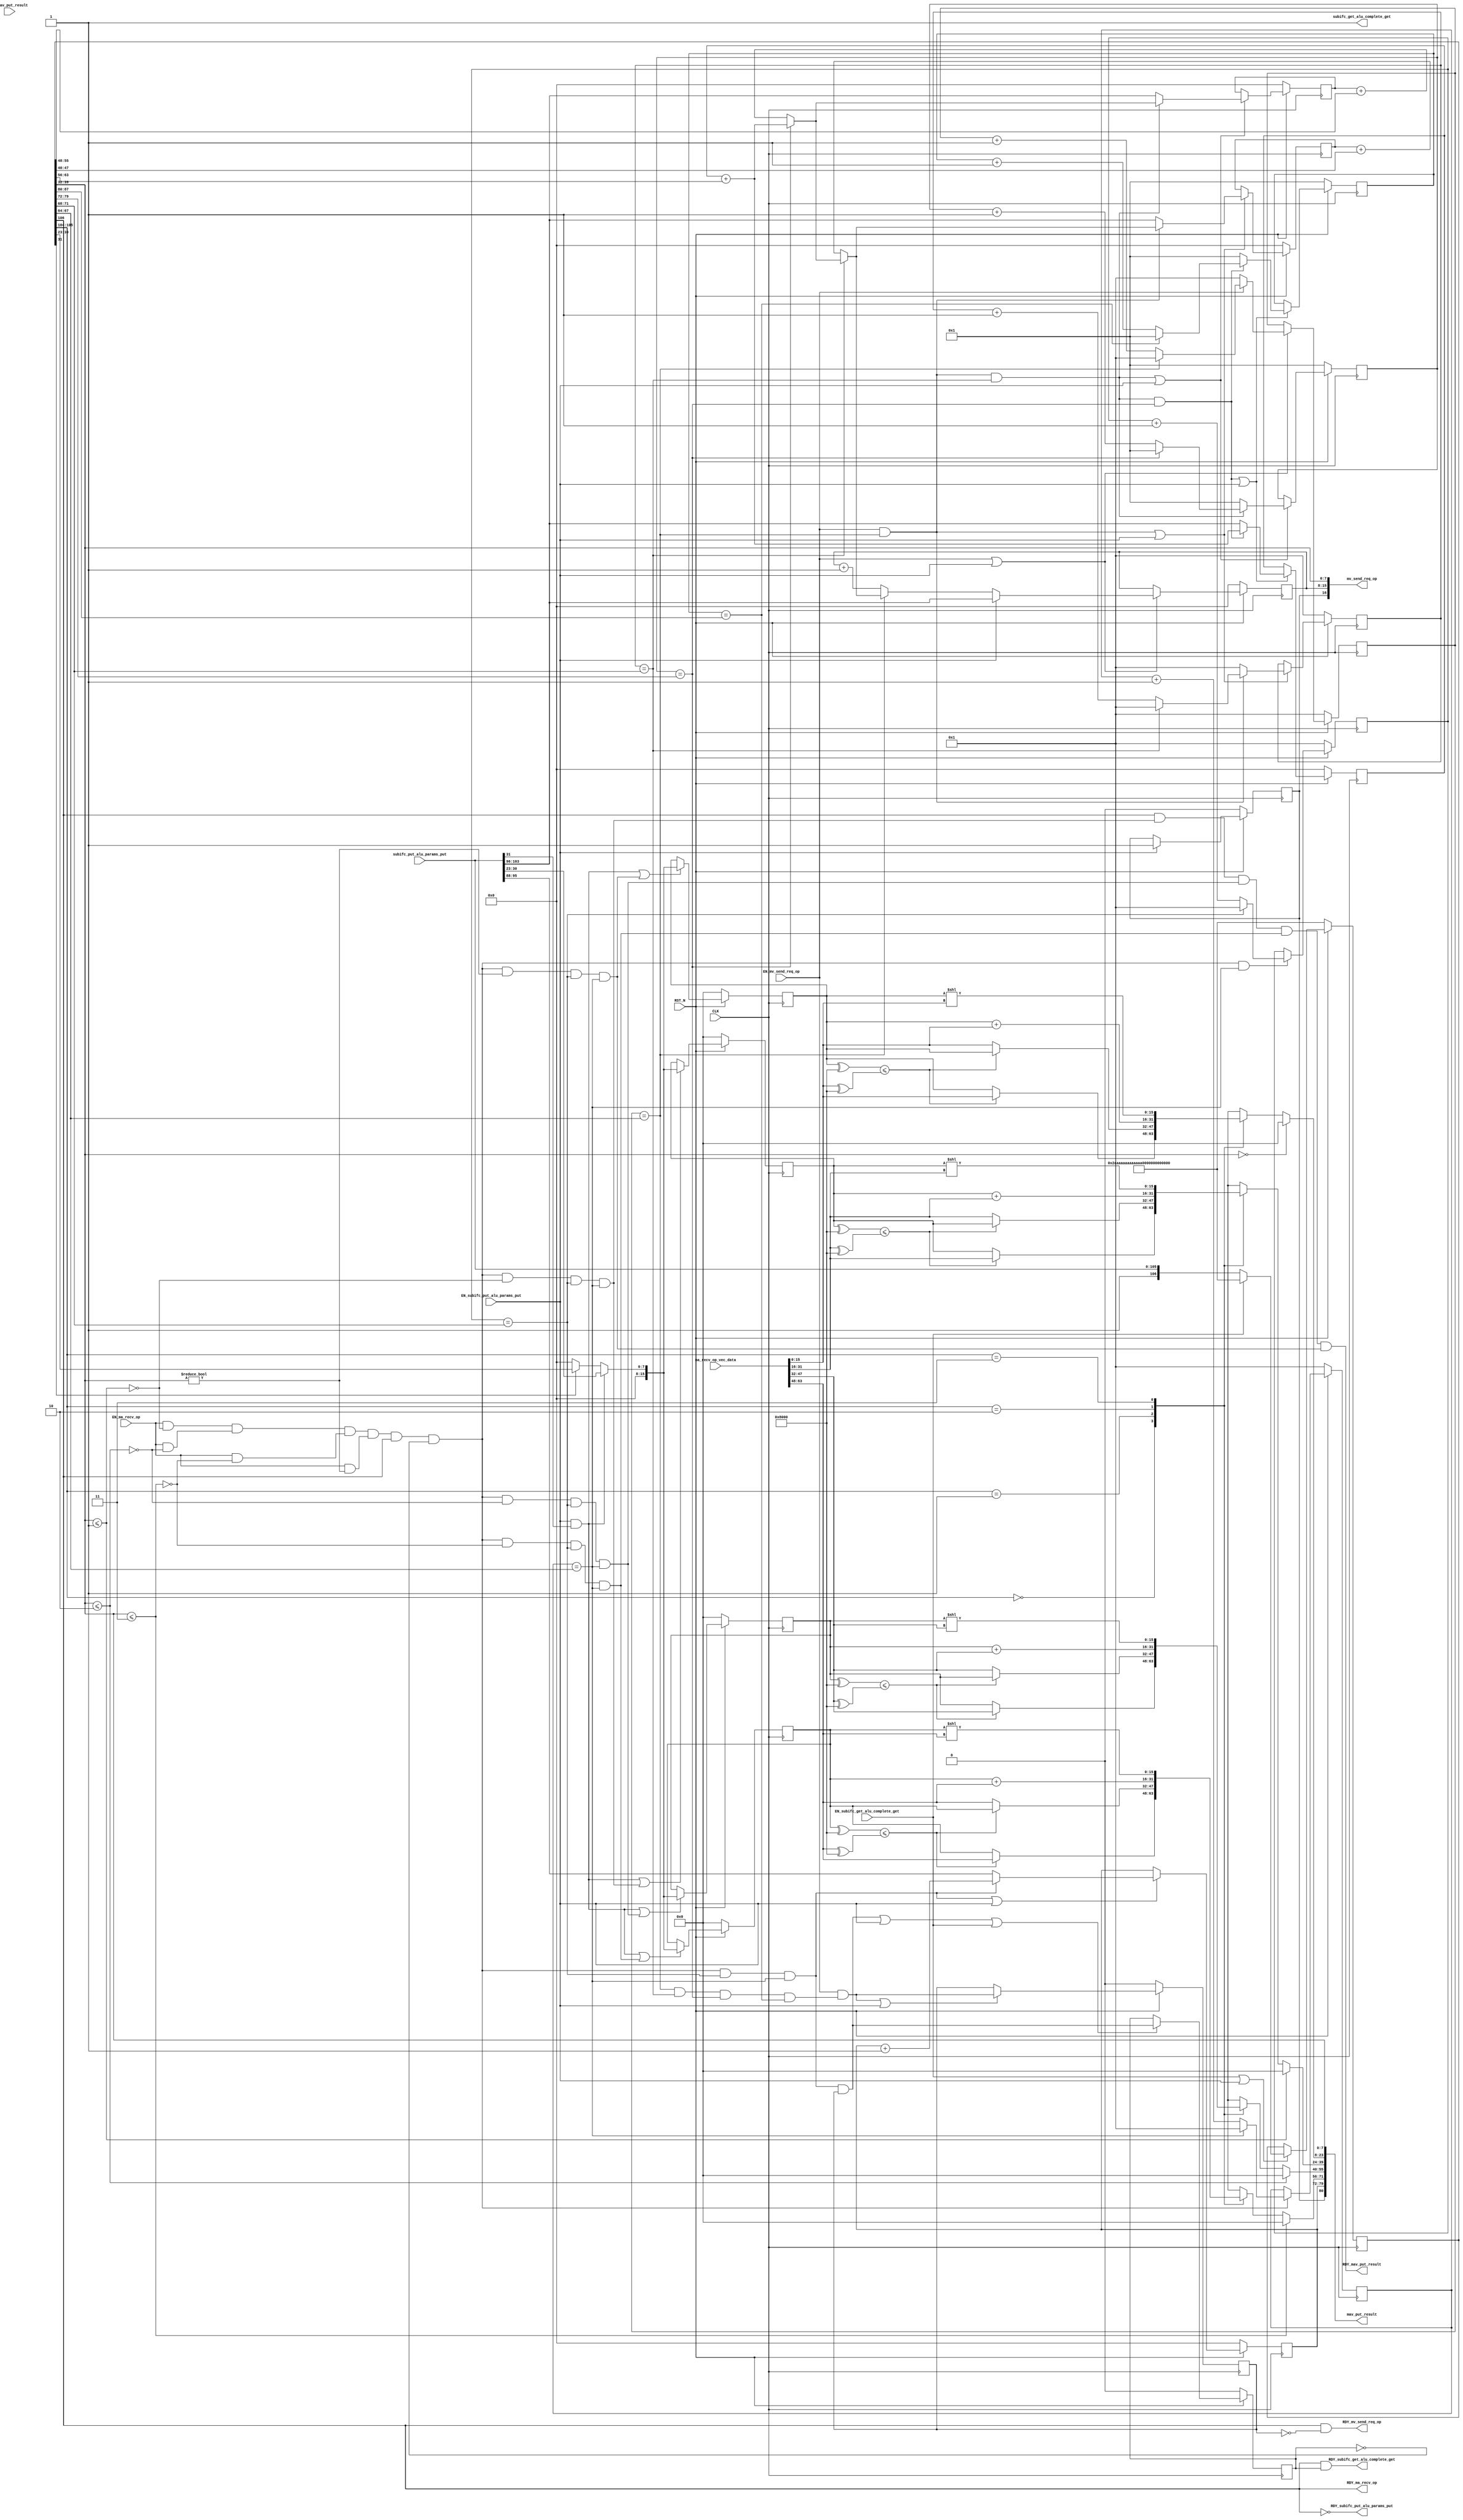
//
// Generated by Bluespec Compiler (build 8d454e4)
//
// On Thu Nov 12 19:19:43 IST 2020
//
//
// Ports:
// Name                         I/O  size props
// RDY_subifc_put_alu_params_put  O     1
// mv_send_req_op                 O    17 reg
// RDY_mv_send_req_op             O     1
// RDY_ma_recv_op                 O     1 reg
// mav_put_result                 O    81
// RDY_mav_put_result             O     1
// subifc_get_alu_complete_get    O     1 const
// RDY_subifc_get_alu_complete_get  O     1
// CLK                            I     1 clock
// RST_N                          I     1 reset
// subifc_put_alu_params_put      I   106
// ma_recv_op_vec_data            I    64
// EN_subifc_put_alu_params_put   I     1
// EN_ma_recv_op                  I     1
// EN_mv_send_req_op              I     1
// EN_mav_put_result              I     1 unused
// EN_subifc_get_alu_complete_get  I     1
//
// Combinational paths from inputs to outputs:
//   (ma_recv_op_vec_data, EN_ma_recv_op) -> mav_put_result
//   EN_ma_recv_op -> RDY_mav_put_result
//
//

`ifdef BSV_ASSIGNMENT_DELAY
`else
  `define BSV_ASSIGNMENT_DELAY
`endif

`ifdef BSV_POSITIVE_RESET
  `define BSV_RESET_VALUE 1'b1
  `define BSV_RESET_EDGE posedge
`else
  `define BSV_RESET_VALUE 1'b0
  `define BSV_RESET_EDGE negedge
`endif

module mktalu_Tb(CLK,
		 RST_N,

		 subifc_put_alu_params_put,
		 EN_subifc_put_alu_params_put,
		 RDY_subifc_put_alu_params_put,

		 EN_mv_send_req_op,
		 mv_send_req_op,
		 RDY_mv_send_req_op,

		 ma_recv_op_vec_data,
		 EN_ma_recv_op,
		 RDY_ma_recv_op,

		 EN_mav_put_result,
		 mav_put_result,
		 RDY_mav_put_result,

		 EN_subifc_get_alu_complete_get,
		 subifc_get_alu_complete_get,
		 RDY_subifc_get_alu_complete_get);
  input  CLK;
  input  RST_N;

  // action method subifc_put_alu_params_put
  input  [105 : 0] subifc_put_alu_params_put;
  input  EN_subifc_put_alu_params_put;
  output RDY_subifc_put_alu_params_put;

  // actionvalue method mv_send_req_op
  input  EN_mv_send_req_op;
  output [16 : 0] mv_send_req_op;
  output RDY_mv_send_req_op;

  // action method ma_recv_op
  input  [63 : 0] ma_recv_op_vec_data;
  input  EN_ma_recv_op;
  output RDY_ma_recv_op;

  // actionvalue method mav_put_result
  input  EN_mav_put_result;
  output [80 : 0] mav_put_result;
  output RDY_mav_put_result;

  // actionvalue method subifc_get_alu_complete_get
  input  EN_subifc_get_alu_complete_get;
  output subifc_get_alu_complete_get;
  output RDY_subifc_get_alu_complete_get;

  // signals for module outputs
  wire [80 : 0] mav_put_result;
  wire [16 : 0] mv_send_req_op;
  wire RDY_ma_recv_op,
       RDY_mav_put_result,
       RDY_mv_send_req_op,
       RDY_subifc_get_alu_complete_get,
       RDY_subifc_put_alu_params_put,
       subifc_get_alu_complete_get;

  // inlined wires
  reg [15 : 0] inst1_wr_operand_out_0$wget,
	       inst1_wr_operand_out_1$wget,
	       inst1_wr_operand_out_2$wget,
	       inst1_wr_operand_out_3$wget;
  wire inst1_wr_operand_0$whas,
       inst1_wr_operand_1$whas,
       inst1_wr_operand_2$whas,
       inst1_wr_operand_3$whas;

  // register inst1_rg_alu_complete
  reg inst1_rg_alu_complete;
  wire inst1_rg_alu_complete$D_IN, inst1_rg_alu_complete$EN;

  // register inst1_rg_alu_packet
  reg [106 : 0] inst1_rg_alu_packet;
  wire [106 : 0] inst1_rg_alu_packet$D_IN;
  wire inst1_rg_alu_packet$EN;

  // register inst1_rg_i_var
  reg [7 : 0] inst1_rg_i_var;
  wire [7 : 0] inst1_rg_i_var$D_IN;
  wire inst1_rg_i_var$EN;

  // register inst1_rg_icol_addr
  reg [7 : 0] inst1_rg_icol_addr;
  wire [7 : 0] inst1_rg_icol_addr$D_IN;
  wire inst1_rg_icol_addr$EN;

  // register inst1_rg_irow_addr
  reg [7 : 0] inst1_rg_irow_addr;
  wire [7 : 0] inst1_rg_irow_addr$D_IN;
  wire inst1_rg_irow_addr$EN;

  // register inst1_rg_j_var
  reg [7 : 0] inst1_rg_j_var;
  wire [7 : 0] inst1_rg_j_var$D_IN;
  wire inst1_rg_j_var$EN;

  // register inst1_rg_k_out
  reg [3 : 0] inst1_rg_k_out;
  wire [3 : 0] inst1_rg_k_out$D_IN;
  wire inst1_rg_k_out$EN;

  // register inst1_rg_k_var
  reg [3 : 0] inst1_rg_k_var;
  wire [3 : 0] inst1_rg_k_var$D_IN;
  wire inst1_rg_k_var$EN;

  // register inst1_rg_l_out
  reg [3 : 0] inst1_rg_l_out;
  wire [3 : 0] inst1_rg_l_out$D_IN;
  wire inst1_rg_l_out$EN;

  // register inst1_rg_l_var
  reg [3 : 0] inst1_rg_l_var;
  wire [3 : 0] inst1_rg_l_var$D_IN;
  wire inst1_rg_l_var$EN;

  // register inst1_rg_operand_out_0
  reg [15 : 0] inst1_rg_operand_out_0;
  wire [15 : 0] inst1_rg_operand_out_0$D_IN;
  wire inst1_rg_operand_out_0$EN;

  // register inst1_rg_operand_out_1
  reg [15 : 0] inst1_rg_operand_out_1;
  wire [15 : 0] inst1_rg_operand_out_1$D_IN;
  wire inst1_rg_operand_out_1$EN;

  // register inst1_rg_operand_out_2
  reg [15 : 0] inst1_rg_operand_out_2;
  wire [15 : 0] inst1_rg_operand_out_2$D_IN;
  wire inst1_rg_operand_out_2$EN;

  // register inst1_rg_operand_out_3
  reg [15 : 0] inst1_rg_operand_out_3;
  wire [15 : 0] inst1_rg_operand_out_3$D_IN;
  wire inst1_rg_operand_out_3$EN;

  // register inst1_rg_output_addr
  reg [7 : 0] inst1_rg_output_addr;
  wire [7 : 0] inst1_rg_output_addr$D_IN;
  wire inst1_rg_output_addr$EN;

  // register inst1_rg_req_complete
  reg inst1_rg_req_complete;
  wire inst1_rg_req_complete$D_IN, inst1_rg_req_complete$EN;

  // register inst1_rg_scol_addr
  reg [7 : 0] inst1_rg_scol_addr;
  wire [7 : 0] inst1_rg_scol_addr$D_IN;
  wire inst1_rg_scol_addr$EN;

  // register inst1_rg_srow_addr
  reg [7 : 0] inst1_rg_srow_addr;
  wire [7 : 0] inst1_rg_srow_addr$D_IN;
  wire inst1_rg_srow_addr$EN;

  // register inst1_rg_which_buffer
  reg inst1_rg_which_buffer;
  wire inst1_rg_which_buffer$D_IN, inst1_rg_which_buffer$EN;

  // rule scheduling signals
  wire CAN_FIRE_mav_put_result, WILL_FIRE_RL_inst1_rl_perform_computation;

  // inputs to muxes for submodule ports
  wire [106 : 0] MUX_inst1_rg_alu_packet$write_1__VAL_2;
  wire [15 : 0] MUX_inst1_rg_operand_out_0$write_1__VAL_1,
		MUX_inst1_rg_operand_out_0$write_1__VAL_2;
  wire [7 : 0] MUX_inst1_rg_i_var$write_1__VAL_1,
	       MUX_inst1_rg_j_var$write_1__VAL_1,
	       MUX_inst1_rg_output_addr$write_1__VAL_1,
	       MUX_inst1_rg_scol_addr$write_1__VAL_2;
  wire [3 : 0] MUX_inst1_rg_k_var$write_1__VAL_1,
	       MUX_inst1_rg_l_var$write_1__VAL_1;
  wire MUX_inst1_rg_alu_complete$write_1__SEL_1,
       MUX_inst1_rg_i_var$write_1__SEL_1,
       MUX_inst1_rg_icol_addr$write_1__SEL_1,
       MUX_inst1_rg_k_var$write_1__SEL_1,
       MUX_inst1_rg_operand_out_0$write_1__SEL_1,
       MUX_inst1_rg_operand_out_0$write_1__SEL_2,
       MUX_inst1_rg_operand_out_1$write_1__SEL_2,
       MUX_inst1_rg_operand_out_2$write_1__SEL_2,
       MUX_inst1_rg_operand_out_3$write_1__SEL_2,
       MUX_inst1_rg_output_addr$write_1__SEL_1,
       MUX_inst1_rg_req_complete$write_1__SEL_1;

  // remaining internal signals
  wire [47 : 0] IF_inst1_rg_alu_packet_BITS_39_TO_32_4_ULE_3_3_ETC___d151;
  wire [15 : 0] lv_outp___1__h2093,
		lv_outp___1__h2375,
		lv_outp___1__h2382,
		lv_outp___1__h2658,
		lv_outp___1__h2692,
		lv_outp___1__h2699,
		lv_outp___1__h2966,
		lv_outp___1__h3000,
		lv_outp___1__h3007,
		lv_outp___1__h3274,
		lv_outp___1__h3308,
		lv_outp___1__h3315,
		lv_shifted_output__h2083,
		lv_shifted_output__h2652,
		lv_shifted_output__h2960,
		lv_shifted_output__h3268;
  wire [7 : 0] addr___2__h4507,
	       addr__h4460,
	       v__h4432,
	       v__h4481,
	       v__h4530,
	       v__h4927,
	       x__h4654,
	       x__h4766;
  wire [3 : 0] x__h3509, x__h3618, x__h4845, x__h4939;
  wire inst1_rg_alu_packet_BITS_39_TO_32_4_ULE_1___d45,
       inst1_rg_alu_packet_BITS_39_TO_32_4_ULE_2___d59,
       inst1_rg_alu_packet_BITS_39_TO_32_4_ULE_3___d73,
       inst1_rg_i_var_17_EQ_inst1_rg_alu_packet_BITS__ETC___d119,
       inst1_rg_j_var_10_EQ_inst1_rg_alu_packet_BITS__ETC___d112,
       inst1_rg_k_out_7_EQ_inst1_rg_alu_packet_BITS_7_ETC___d19,
       inst1_rg_k_var_05_EQ_inst1_rg_alu_packet_BITS__ETC___d106,
       inst1_rg_l_out_0_EQ_inst1_rg_alu_packet_BITS_6_ETC___d22,
       inst1_rg_l_var_01_EQ_inst1_rg_alu_packet_BITS__ETC___d102,
       inst1_rg_l_var_01_EQ_inst1_rg_alu_packet_BITS__ETC___d124,
       inst1_rg_operand_out_0_7_SLE_inst1_wr_operand__ETC___d29,
       inst1_rg_operand_out_1_8_SLE_inst1_wr_operand__ETC___d50,
       inst1_rg_operand_out_2_2_SLE_inst1_wr_operand__ETC___d64,
       inst1_rg_operand_out_3_6_SLE_inst1_wr_operand__ETC___d78;

  // action method subifc_put_alu_params_put
  assign RDY_subifc_put_alu_params_put = !inst1_rg_alu_packet[106] ;

  // actionvalue method mv_send_req_op
  assign mv_send_req_op =
	     { inst1_rg_which_buffer,
	       inst1_rg_scol_addr,
	       inst1_rg_alu_packet[39:32] } ;
  assign RDY_mv_send_req_op =
	     inst1_rg_alu_packet[106] && !inst1_rg_req_complete ;

  // action method ma_recv_op
  assign RDY_ma_recv_op = inst1_rg_alu_packet[106] ;

  // actionvalue method mav_put_result
  assign mav_put_result =
	     { inst1_rg_which_buffer,
	       inst1_rg_output_addr,
	       IF_inst1_rg_alu_packet_BITS_39_TO_32_4_ULE_3_3_ETC___d151,
	       (inst1_rg_alu_packet[39:32] == 8'd0) ?
		 16'd0 :
		 inst1_wr_operand_out_0$wget,
	       inst1_rg_alu_packet[39:32] } ;
  assign RDY_mav_put_result =
	     CAN_FIRE_mav_put_result;
	 //    !WILL_FIRE_RL_inst1_rl_perform_computation ;
  assign CAN_FIRE_mav_put_result =
	     inst1_rg_alu_packet[106] &&
	     MUX_inst1_rg_operand_out_1$write_1__SEL_2 &&
	     MUX_inst1_rg_operand_out_2$write_1__SEL_2 &&
	     MUX_inst1_rg_operand_out_3$write_1__SEL_2 &&
	     MUX_inst1_rg_operand_out_0$write_1__SEL_2 ;

  // actionvalue method subifc_get_alu_complete_get
  assign subifc_get_alu_complete_get = 1'd1 ;
  assign RDY_subifc_get_alu_complete_get =
	     inst1_rg_alu_packet[106] && inst1_rg_alu_complete ;

  // rule RL_inst1_rl_perform_computation
  assign WILL_FIRE_RL_inst1_rl_perform_computation =
	     inst1_wr_operand_1$whas && inst1_wr_operand_2$whas &&
	     inst1_wr_operand_3$whas &&
	     inst1_wr_operand_0$whas &&
	     inst1_rg_alu_packet[106] &&
	     !inst1_rg_alu_complete ;

  // inputs to muxes for submodule ports
  assign MUX_inst1_rg_alu_complete$write_1__SEL_1 =
	     WILL_FIRE_RL_inst1_rl_perform_computation &&
	     inst1_rg_k_out_7_EQ_inst1_rg_alu_packet_BITS_7_ETC___d19 &&
	     inst1_rg_l_out_0_EQ_inst1_rg_alu_packet_BITS_6_ETC___d22 &&
	     inst1_rg_req_complete ;
  assign MUX_inst1_rg_i_var$write_1__SEL_1 =
	     EN_mv_send_req_op &&
	     inst1_rg_l_var_01_EQ_inst1_rg_alu_packet_BITS__ETC___d102 &&
	     inst1_rg_k_var_05_EQ_inst1_rg_alu_packet_BITS__ETC___d106 &&
	     inst1_rg_j_var_10_EQ_inst1_rg_alu_packet_BITS__ETC___d112 ;
  assign MUX_inst1_rg_icol_addr$write_1__SEL_1 =
	     EN_mv_send_req_op &&
	     inst1_rg_l_var_01_EQ_inst1_rg_alu_packet_BITS__ETC___d102 &&
	     inst1_rg_k_var_05_EQ_inst1_rg_alu_packet_BITS__ETC___d106 ;
  assign MUX_inst1_rg_k_var$write_1__SEL_1 =
	     EN_mv_send_req_op &&
	     inst1_rg_l_var_01_EQ_inst1_rg_alu_packet_BITS__ETC___d102 ;
  assign MUX_inst1_rg_operand_out_0$write_1__SEL_1 =
	     EN_subifc_put_alu_params_put && subifc_put_alu_params_put[31] ;
  assign MUX_inst1_rg_operand_out_0$write_1__SEL_2 =
	     WILL_FIRE_RL_inst1_rl_perform_computation &&
	     inst1_rg_alu_packet[39:32] != 8'd0 &&
	     inst1_rg_k_out_7_EQ_inst1_rg_alu_packet_BITS_7_ETC___d19 &&
	     inst1_rg_l_out_0_EQ_inst1_rg_alu_packet_BITS_6_ETC___d22 ;
  assign MUX_inst1_rg_operand_out_1$write_1__SEL_2 =
	     WILL_FIRE_RL_inst1_rl_perform_computation &&
	     !inst1_rg_alu_packet_BITS_39_TO_32_4_ULE_1___d45 &&
	     inst1_rg_k_out_7_EQ_inst1_rg_alu_packet_BITS_7_ETC___d19 &&
	     inst1_rg_l_out_0_EQ_inst1_rg_alu_packet_BITS_6_ETC___d22 ;
  assign MUX_inst1_rg_operand_out_2$write_1__SEL_2 =
	     WILL_FIRE_RL_inst1_rl_perform_computation &&
	     !inst1_rg_alu_packet_BITS_39_TO_32_4_ULE_2___d59 &&
	     inst1_rg_k_out_7_EQ_inst1_rg_alu_packet_BITS_7_ETC___d19 &&
	     inst1_rg_l_out_0_EQ_inst1_rg_alu_packet_BITS_6_ETC___d22 ;
  assign MUX_inst1_rg_operand_out_3$write_1__SEL_2 =
	     WILL_FIRE_RL_inst1_rl_perform_computation &&
	     !inst1_rg_alu_packet_BITS_39_TO_32_4_ULE_3___d73 &&
	     inst1_rg_k_out_7_EQ_inst1_rg_alu_packet_BITS_7_ETC___d19 &&
	     inst1_rg_l_out_0_EQ_inst1_rg_alu_packet_BITS_6_ETC___d22 ;
  assign MUX_inst1_rg_output_addr$write_1__SEL_1 =
	     WILL_FIRE_RL_inst1_rl_perform_computation &&
	     inst1_rg_k_out_7_EQ_inst1_rg_alu_packet_BITS_7_ETC___d19 &&
	     inst1_rg_l_out_0_EQ_inst1_rg_alu_packet_BITS_6_ETC___d22 ;
  assign MUX_inst1_rg_req_complete$write_1__SEL_1 =
	     EN_mv_send_req_op &&
	     inst1_rg_l_var_01_EQ_inst1_rg_alu_packet_BITS__ETC___d124 ;
  assign MUX_inst1_rg_alu_packet$write_1__VAL_2 =
	     { 1'd1, subifc_put_alu_params_put } ;
  assign MUX_inst1_rg_i_var$write_1__VAL_1 =
	     inst1_rg_i_var_17_EQ_inst1_rg_alu_packet_BITS__ETC___d119 ?
	       8'd1 :
	       x__h4654 ;
  assign MUX_inst1_rg_j_var$write_1__VAL_1 =
	     inst1_rg_j_var_10_EQ_inst1_rg_alu_packet_BITS__ETC___d112 ?
	       8'd1 :
	       x__h4766 ;
  assign MUX_inst1_rg_k_var$write_1__VAL_1 =
	     inst1_rg_k_var_05_EQ_inst1_rg_alu_packet_BITS__ETC___d106 ?
	       4'd1 :
	       x__h4845 ;
  assign MUX_inst1_rg_l_var$write_1__VAL_1 =
	     inst1_rg_l_var_01_EQ_inst1_rg_alu_packet_BITS__ETC___d102 ?
	       4'd1 :
	       x__h4939 ;
  assign MUX_inst1_rg_operand_out_0$write_1__VAL_1 =
	     { 8'd0, subifc_put_alu_params_put[30:23] } ;
  assign MUX_inst1_rg_operand_out_0$write_1__VAL_2 =
	     inst1_rg_alu_packet[31] ?
	       { 8'd0, inst1_rg_alu_packet[30:23] } :
	       16'd0 ;
  assign MUX_inst1_rg_output_addr$write_1__VAL_1 =
	     inst1_rg_output_addr + 8'd1 ;
  assign MUX_inst1_rg_scol_addr$write_1__VAL_2 =
	     inst1_rg_l_var_01_EQ_inst1_rg_alu_packet_BITS__ETC___d102 ?
	       v__h4432 :
	       v__h4927 ;

  // inlined wires
  assign inst1_wr_operand_0$whas =
	     EN_ma_recv_op && inst1_rg_alu_packet[39:32] != 8'd0 ;
  assign inst1_wr_operand_1$whas =
	     EN_ma_recv_op &&
	     !inst1_rg_alu_packet_BITS_39_TO_32_4_ULE_1___d45 ;
  assign inst1_wr_operand_2$whas =
	     EN_ma_recv_op &&
	     !inst1_rg_alu_packet_BITS_39_TO_32_4_ULE_2___d59 ;
  assign inst1_wr_operand_3$whas =
	     EN_ma_recv_op &&
	     !inst1_rg_alu_packet_BITS_39_TO_32_4_ULE_3___d73 ;
  always@(inst1_rg_alu_packet or
	  lv_outp___1__h2093 or
	  lv_outp___1__h2375 or
	  lv_outp___1__h2382 or lv_shifted_output__h2083)
  begin
    case (inst1_rg_alu_packet[105:104])
      2'd0: inst1_wr_operand_out_0$wget = lv_outp___1__h2093;
      2'd1: inst1_wr_operand_out_0$wget = lv_outp___1__h2375;
      2'd2: inst1_wr_operand_out_0$wget = lv_outp___1__h2382;
      2'd3: inst1_wr_operand_out_0$wget = lv_shifted_output__h2083;
    endcase
  end
  always@(inst1_rg_alu_packet or
	  lv_outp___1__h2658 or
	  lv_outp___1__h2692 or
	  lv_outp___1__h2699 or lv_shifted_output__h2652)
  begin
    case (inst1_rg_alu_packet[105:104])
      2'd0: inst1_wr_operand_out_1$wget = lv_outp___1__h2658;
      2'd1: inst1_wr_operand_out_1$wget = lv_outp___1__h2692;
      2'd2: inst1_wr_operand_out_1$wget = lv_outp___1__h2699;
      2'd3: inst1_wr_operand_out_1$wget = lv_shifted_output__h2652;
    endcase
  end
  always@(inst1_rg_alu_packet or
	  lv_outp___1__h2966 or
	  lv_outp___1__h3000 or
	  lv_outp___1__h3007 or lv_shifted_output__h2960)
  begin
    case (inst1_rg_alu_packet[105:104])
      2'd0: inst1_wr_operand_out_2$wget = lv_outp___1__h2966;
      2'd1: inst1_wr_operand_out_2$wget = lv_outp___1__h3000;
      2'd2: inst1_wr_operand_out_2$wget = lv_outp___1__h3007;
      2'd3: inst1_wr_operand_out_2$wget = lv_shifted_output__h2960;
    endcase
  end
  always@(inst1_rg_alu_packet or
	  lv_outp___1__h3274 or
	  lv_outp___1__h3308 or
	  lv_outp___1__h3315 or lv_shifted_output__h3268)
  begin
    case (inst1_rg_alu_packet[105:104])
      2'd0: inst1_wr_operand_out_3$wget = lv_outp___1__h3274;
      2'd1: inst1_wr_operand_out_3$wget = lv_outp___1__h3308;
      2'd2: inst1_wr_operand_out_3$wget = lv_outp___1__h3315;
      2'd3: inst1_wr_operand_out_3$wget = lv_shifted_output__h3268;
    endcase
  end

  // register inst1_rg_alu_complete
  assign inst1_rg_alu_complete$D_IN =
	     MUX_inst1_rg_alu_complete$write_1__SEL_1 ;
  assign inst1_rg_alu_complete$EN =
	     WILL_FIRE_RL_inst1_rl_perform_computation &&
	     inst1_rg_k_out_7_EQ_inst1_rg_alu_packet_BITS_7_ETC___d19 &&
	     inst1_rg_l_out_0_EQ_inst1_rg_alu_packet_BITS_6_ETC___d22 &&
	     inst1_rg_req_complete ||
	     EN_subifc_put_alu_params_put ||
	     EN_subifc_get_alu_complete_get ;

  // register inst1_rg_alu_packet
  assign inst1_rg_alu_packet$D_IN =
	     EN_subifc_get_alu_complete_get ?
	       107'h2AAAAAAAAAAAAAAAAAAAAAAAAAA :
	       MUX_inst1_rg_alu_packet$write_1__VAL_2 ;
  assign inst1_rg_alu_packet$EN =
	     EN_subifc_get_alu_complete_get || EN_subifc_put_alu_params_put ;

  // register inst1_rg_i_var
  assign inst1_rg_i_var$D_IN =
	     MUX_inst1_rg_i_var$write_1__SEL_1 ?
	       MUX_inst1_rg_i_var$write_1__VAL_1 :
	       8'd1 ;
  assign inst1_rg_i_var$EN =
	     EN_mv_send_req_op &&
	     inst1_rg_l_var_01_EQ_inst1_rg_alu_packet_BITS__ETC___d102 &&
	     inst1_rg_k_var_05_EQ_inst1_rg_alu_packet_BITS__ETC___d106 &&
	     inst1_rg_j_var_10_EQ_inst1_rg_alu_packet_BITS__ETC___d112 ||
	     EN_subifc_put_alu_params_put ;

  // register inst1_rg_icol_addr
  assign inst1_rg_icol_addr$D_IN =
	     MUX_inst1_rg_icol_addr$write_1__SEL_1 ?
	       v__h4481 :
	       subifc_put_alu_params_put[103:96] ;
  assign inst1_rg_icol_addr$EN =
	     EN_mv_send_req_op &&
	     inst1_rg_l_var_01_EQ_inst1_rg_alu_packet_BITS__ETC___d102 &&
	     inst1_rg_k_var_05_EQ_inst1_rg_alu_packet_BITS__ETC___d106 ||
	     EN_subifc_put_alu_params_put ;

  // register inst1_rg_irow_addr
  assign inst1_rg_irow_addr$D_IN =
	     MUX_inst1_rg_i_var$write_1__SEL_1 ?
	       v__h4530 :
	       subifc_put_alu_params_put[103:96] ;
  assign inst1_rg_irow_addr$EN =
	     EN_mv_send_req_op &&
	     inst1_rg_l_var_01_EQ_inst1_rg_alu_packet_BITS__ETC___d102 &&
	     inst1_rg_k_var_05_EQ_inst1_rg_alu_packet_BITS__ETC___d106 &&
	     inst1_rg_j_var_10_EQ_inst1_rg_alu_packet_BITS__ETC___d112 ||
	     EN_subifc_put_alu_params_put ;

  // register inst1_rg_j_var
  assign inst1_rg_j_var$D_IN =
	     MUX_inst1_rg_icol_addr$write_1__SEL_1 ?
	       MUX_inst1_rg_j_var$write_1__VAL_1 :
	       8'd1 ;
  assign inst1_rg_j_var$EN =
	     EN_mv_send_req_op &&
	     inst1_rg_l_var_01_EQ_inst1_rg_alu_packet_BITS__ETC___d102 &&
	     inst1_rg_k_var_05_EQ_inst1_rg_alu_packet_BITS__ETC___d106 ||
	     EN_subifc_put_alu_params_put ;

  // register inst1_rg_k_out
  assign inst1_rg_k_out$D_IN =
	     inst1_rg_k_out_7_EQ_inst1_rg_alu_packet_BITS_7_ETC___d19 ?
	       4'd1 :
	       x__h3618 ;
  assign inst1_rg_k_out$EN =
	     WILL_FIRE_RL_inst1_rl_perform_computation &&
	     inst1_rg_l_out_0_EQ_inst1_rg_alu_packet_BITS_6_ETC___d22 ;

  // register inst1_rg_k_var
  assign inst1_rg_k_var$D_IN =
	     MUX_inst1_rg_k_var$write_1__SEL_1 ?
	       MUX_inst1_rg_k_var$write_1__VAL_1 :
	       4'd1 ;
  assign inst1_rg_k_var$EN =
	     EN_mv_send_req_op &&
	     inst1_rg_l_var_01_EQ_inst1_rg_alu_packet_BITS__ETC___d102 ||
	     EN_subifc_put_alu_params_put ;

  // register inst1_rg_l_out
  assign inst1_rg_l_out$D_IN =
	     inst1_rg_l_out_0_EQ_inst1_rg_alu_packet_BITS_6_ETC___d22 ?
	       4'd1 :
	       x__h3509 ;
  assign inst1_rg_l_out$EN = WILL_FIRE_RL_inst1_rl_perform_computation ;

  // register inst1_rg_l_var
  assign inst1_rg_l_var$D_IN =
	     EN_mv_send_req_op ? MUX_inst1_rg_l_var$write_1__VAL_1 : 4'd1 ;
  assign inst1_rg_l_var$EN =
	     EN_mv_send_req_op || EN_subifc_put_alu_params_put ;

  // register inst1_rg_operand_out_0
  assign inst1_rg_operand_out_0$D_IN =
	     MUX_inst1_rg_operand_out_0$write_1__SEL_1 ?
	       MUX_inst1_rg_operand_out_0$write_1__VAL_1 :
	       MUX_inst1_rg_operand_out_0$write_1__VAL_2 ;
  assign inst1_rg_operand_out_0$EN =
	     EN_subifc_put_alu_params_put && subifc_put_alu_params_put[31] ||
	     WILL_FIRE_RL_inst1_rl_perform_computation &&
	     inst1_rg_alu_packet[39:32] != 8'd0 &&
	     inst1_rg_k_out_7_EQ_inst1_rg_alu_packet_BITS_7_ETC___d19 &&
	     inst1_rg_l_out_0_EQ_inst1_rg_alu_packet_BITS_6_ETC___d22 ;

  // register inst1_rg_operand_out_1
  assign inst1_rg_operand_out_1$D_IN =
	     MUX_inst1_rg_operand_out_0$write_1__SEL_1 ?
	       MUX_inst1_rg_operand_out_0$write_1__VAL_1 :
	       MUX_inst1_rg_operand_out_0$write_1__VAL_2 ;
  assign inst1_rg_operand_out_1$EN =
	     EN_subifc_put_alu_params_put && subifc_put_alu_params_put[31] ||
	     WILL_FIRE_RL_inst1_rl_perform_computation &&
	     !inst1_rg_alu_packet_BITS_39_TO_32_4_ULE_1___d45 &&
	     inst1_rg_k_out_7_EQ_inst1_rg_alu_packet_BITS_7_ETC___d19 &&
	     inst1_rg_l_out_0_EQ_inst1_rg_alu_packet_BITS_6_ETC___d22 ;

  // register inst1_rg_operand_out_2
  assign inst1_rg_operand_out_2$D_IN =
	     MUX_inst1_rg_operand_out_0$write_1__SEL_1 ?
	       MUX_inst1_rg_operand_out_0$write_1__VAL_1 :
	       MUX_inst1_rg_operand_out_0$write_1__VAL_2 ;
  assign inst1_rg_operand_out_2$EN =
	     EN_subifc_put_alu_params_put && subifc_put_alu_params_put[31] ||
	     WILL_FIRE_RL_inst1_rl_perform_computation &&
	     !inst1_rg_alu_packet_BITS_39_TO_32_4_ULE_2___d59 &&
	     inst1_rg_k_out_7_EQ_inst1_rg_alu_packet_BITS_7_ETC___d19 &&
	     inst1_rg_l_out_0_EQ_inst1_rg_alu_packet_BITS_6_ETC___d22 ;

  // register inst1_rg_operand_out_3
  assign inst1_rg_operand_out_3$D_IN =
	     MUX_inst1_rg_operand_out_0$write_1__SEL_1 ?
	       MUX_inst1_rg_operand_out_0$write_1__VAL_1 :
	       MUX_inst1_rg_operand_out_0$write_1__VAL_2 ;
  assign inst1_rg_operand_out_3$EN =
	     EN_subifc_put_alu_params_put && subifc_put_alu_params_put[31] ||
	     WILL_FIRE_RL_inst1_rl_perform_computation &&
	     !inst1_rg_alu_packet_BITS_39_TO_32_4_ULE_3___d73 &&
	     inst1_rg_k_out_7_EQ_inst1_rg_alu_packet_BITS_7_ETC___d19 &&
	     inst1_rg_l_out_0_EQ_inst1_rg_alu_packet_BITS_6_ETC___d22 ;

  // register inst1_rg_output_addr
  assign inst1_rg_output_addr$D_IN =
	     MUX_inst1_rg_output_addr$write_1__SEL_1 ?
	       MUX_inst1_rg_output_addr$write_1__VAL_1 :
	       subifc_put_alu_params_put[95:88] ;
  assign inst1_rg_output_addr$EN =
	     WILL_FIRE_RL_inst1_rl_perform_computation &&
	     inst1_rg_k_out_7_EQ_inst1_rg_alu_packet_BITS_7_ETC___d19 &&
	     inst1_rg_l_out_0_EQ_inst1_rg_alu_packet_BITS_6_ETC___d22 ||
	     EN_subifc_put_alu_params_put ;

  // register inst1_rg_req_complete
  assign inst1_rg_req_complete$D_IN =
	     MUX_inst1_rg_req_complete$write_1__SEL_1 ;
  assign inst1_rg_req_complete$EN =
	     EN_mv_send_req_op &&
	     inst1_rg_l_var_01_EQ_inst1_rg_alu_packet_BITS__ETC___d124 ||
	     EN_subifc_put_alu_params_put ;

  // register inst1_rg_scol_addr
  assign inst1_rg_scol_addr$D_IN =
	     EN_subifc_put_alu_params_put ?
	       subifc_put_alu_params_put[103:96] :
	       MUX_inst1_rg_scol_addr$write_1__VAL_2 ;
  assign inst1_rg_scol_addr$EN =
	     EN_subifc_put_alu_params_put || EN_mv_send_req_op ;

  // register inst1_rg_srow_addr
  assign inst1_rg_srow_addr$D_IN =
	     MUX_inst1_rg_k_var$write_1__SEL_1 ?
	       v__h4432 :
	       subifc_put_alu_params_put[103:96] ;
  assign inst1_rg_srow_addr$EN =
	     EN_mv_send_req_op &&
	     inst1_rg_l_var_01_EQ_inst1_rg_alu_packet_BITS__ETC___d102 ||
	     EN_subifc_put_alu_params_put ;

  // register inst1_rg_which_buffer
  assign inst1_rg_which_buffer$D_IN = 1'd1 ;
  assign inst1_rg_which_buffer$EN = EN_subifc_put_alu_params_put ;

  // remaining internal signals
  assign IF_inst1_rg_alu_packet_BITS_39_TO_32_4_ULE_3_3_ETC___d151 =
	     { inst1_rg_alu_packet_BITS_39_TO_32_4_ULE_3___d73 ?
		 16'd0 :
		 inst1_wr_operand_out_3$wget,
	       inst1_rg_alu_packet_BITS_39_TO_32_4_ULE_2___d59 ?
		 16'd0 :
		 inst1_wr_operand_out_2$wget,
	       inst1_rg_alu_packet_BITS_39_TO_32_4_ULE_1___d45 ?
		 16'd0 :
		 inst1_wr_operand_out_1$wget } ;
  assign addr___2__h4507 = inst1_rg_icol_addr + inst1_rg_alu_packet[55:48] ;
  assign addr__h4460 = inst1_rg_srow_addr + inst1_rg_alu_packet[47:40] ;
  assign inst1_rg_alu_packet_BITS_39_TO_32_4_ULE_1___d45 =
	     inst1_rg_alu_packet[39:32] <= 8'd1 ;
  assign inst1_rg_alu_packet_BITS_39_TO_32_4_ULE_2___d59 =
	     inst1_rg_alu_packet[39:32] <= 8'd2 ;
  assign inst1_rg_alu_packet_BITS_39_TO_32_4_ULE_3___d73 =
	     inst1_rg_alu_packet[39:32] <= 8'd3 ;
  assign inst1_rg_i_var_17_EQ_inst1_rg_alu_packet_BITS__ETC___d119 =
	     inst1_rg_i_var == inst1_rg_alu_packet[87:80] ;
  assign inst1_rg_j_var_10_EQ_inst1_rg_alu_packet_BITS__ETC___d112 =
	     inst1_rg_j_var == inst1_rg_alu_packet[79:72] ;
  assign inst1_rg_k_out_7_EQ_inst1_rg_alu_packet_BITS_7_ETC___d19 =
	     inst1_rg_k_out == inst1_rg_alu_packet[71:68] ;
  assign inst1_rg_k_var_05_EQ_inst1_rg_alu_packet_BITS__ETC___d106 =
	     inst1_rg_k_var == inst1_rg_alu_packet[71:68] ;
  assign inst1_rg_l_out_0_EQ_inst1_rg_alu_packet_BITS_6_ETC___d22 =
	     inst1_rg_l_out == inst1_rg_alu_packet[67:64] ;
  assign inst1_rg_l_var_01_EQ_inst1_rg_alu_packet_BITS__ETC___d102 =
	     inst1_rg_l_var == inst1_rg_alu_packet[67:64] ;
  assign inst1_rg_l_var_01_EQ_inst1_rg_alu_packet_BITS__ETC___d124 =
	     inst1_rg_l_var_01_EQ_inst1_rg_alu_packet_BITS__ETC___d102 &&
	     inst1_rg_k_var_05_EQ_inst1_rg_alu_packet_BITS__ETC___d106 &&
	     inst1_rg_j_var_10_EQ_inst1_rg_alu_packet_BITS__ETC___d112 &&
	     inst1_rg_i_var_17_EQ_inst1_rg_alu_packet_BITS__ETC___d119 ;
  assign inst1_rg_operand_out_0_7_SLE_inst1_wr_operand__ETC___d29 =
	     (inst1_rg_operand_out_0 ^ 16'h8000) <=
	     (ma_recv_op_vec_data[15:0] ^ 16'h8000) ;
  assign inst1_rg_operand_out_1_8_SLE_inst1_wr_operand__ETC___d50 =
	     (inst1_rg_operand_out_1 ^ 16'h8000) <=
	     (ma_recv_op_vec_data[31:16] ^ 16'h8000) ;
  assign inst1_rg_operand_out_2_2_SLE_inst1_wr_operand__ETC___d64 =
	     (inst1_rg_operand_out_2 ^ 16'h8000) <=
	     (ma_recv_op_vec_data[47:32] ^ 16'h8000) ;
  assign inst1_rg_operand_out_3_6_SLE_inst1_wr_operand__ETC___d78 =
	     (inst1_rg_operand_out_3 ^ 16'h8000) <=
	     (ma_recv_op_vec_data[63:48] ^ 16'h8000) ;
  assign lv_outp___1__h2093 =
	     inst1_rg_operand_out_0_7_SLE_inst1_wr_operand__ETC___d29 ?
	       ma_recv_op_vec_data[15:0] :
	       inst1_rg_operand_out_0 ;
  assign lv_outp___1__h2375 =
	     inst1_rg_operand_out_0_7_SLE_inst1_wr_operand__ETC___d29 ?
	       inst1_rg_operand_out_0 :
	       ma_recv_op_vec_data[15:0] ;
  assign lv_outp___1__h2382 =
	     inst1_rg_operand_out_0 + ma_recv_op_vec_data[15:0] ;
  assign lv_outp___1__h2658 =
	     inst1_rg_operand_out_1_8_SLE_inst1_wr_operand__ETC___d50 ?
	       ma_recv_op_vec_data[31:16] :
	       inst1_rg_operand_out_1 ;
  assign lv_outp___1__h2692 =
	     inst1_rg_operand_out_1_8_SLE_inst1_wr_operand__ETC___d50 ?
	       inst1_rg_operand_out_1 :
	       ma_recv_op_vec_data[31:16] ;
  assign lv_outp___1__h2699 =
	     inst1_rg_operand_out_1 + ma_recv_op_vec_data[31:16] ;
  assign lv_outp___1__h2966 =
	     inst1_rg_operand_out_2_2_SLE_inst1_wr_operand__ETC___d64 ?
	       ma_recv_op_vec_data[47:32] :
	       inst1_rg_operand_out_2 ;
  assign lv_outp___1__h3000 =
	     inst1_rg_operand_out_2_2_SLE_inst1_wr_operand__ETC___d64 ?
	       inst1_rg_operand_out_2 :
	       ma_recv_op_vec_data[47:32] ;
  assign lv_outp___1__h3007 =
	     inst1_rg_operand_out_2 + ma_recv_op_vec_data[47:32] ;
  assign lv_outp___1__h3274 =
	     inst1_rg_operand_out_3_6_SLE_inst1_wr_operand__ETC___d78 ?
	       ma_recv_op_vec_data[63:48] :
	       inst1_rg_operand_out_3 ;
  assign lv_outp___1__h3308 =
	     inst1_rg_operand_out_3_6_SLE_inst1_wr_operand__ETC___d78 ?
	       inst1_rg_operand_out_3 :
	       ma_recv_op_vec_data[63:48] ;
  assign lv_outp___1__h3315 =
	     inst1_rg_operand_out_3 + ma_recv_op_vec_data[63:48] ;
  assign lv_shifted_output__h2083 =
	     inst1_rg_operand_out_0 << ma_recv_op_vec_data[15:0] ;
  assign lv_shifted_output__h2652 =
	     inst1_rg_operand_out_1 << ma_recv_op_vec_data[31:16] ;
  assign lv_shifted_output__h2960 =
	     inst1_rg_operand_out_2 << ma_recv_op_vec_data[47:32] ;
  assign lv_shifted_output__h3268 =
	     inst1_rg_operand_out_3 << ma_recv_op_vec_data[63:48] ;
  assign v__h4432 =
	     inst1_rg_k_var_05_EQ_inst1_rg_alu_packet_BITS__ETC___d106 ?
	       v__h4481 :
	       addr__h4460 ;
  assign v__h4481 =
	     inst1_rg_j_var_10_EQ_inst1_rg_alu_packet_BITS__ETC___d112 ?
	       v__h4530 :
	       addr___2__h4507 ;
  assign v__h4530 = inst1_rg_irow_addr + inst1_rg_alu_packet[63:56] ;
  assign v__h4927 = inst1_rg_scol_addr + 8'd1 ;
  assign x__h3509 = inst1_rg_l_out + 4'd1 ;
  assign x__h3618 = inst1_rg_k_out + 4'd1 ;
  assign x__h4654 = inst1_rg_i_var + 8'd1 ;
  assign x__h4766 = inst1_rg_j_var + 8'd1 ;
  assign x__h4845 = inst1_rg_k_var + 4'd1 ;
  assign x__h4939 = inst1_rg_l_var + 4'd1 ;

  // handling of inlined registers

  always@(posedge CLK)
  begin
    if (RST_N == `BSV_RESET_VALUE)
      begin
        inst1_rg_alu_complete <= `BSV_ASSIGNMENT_DELAY 1'd0;
	inst1_rg_alu_packet <= `BSV_ASSIGNMENT_DELAY
	    107'h2AAAAAAAAAAAAAAAAAAAAAAAAAA;
	inst1_rg_i_var <= `BSV_ASSIGNMENT_DELAY 8'd1;
	inst1_rg_icol_addr <= `BSV_ASSIGNMENT_DELAY 8'd0;
	inst1_rg_irow_addr <= `BSV_ASSIGNMENT_DELAY 8'd0;
	inst1_rg_j_var <= `BSV_ASSIGNMENT_DELAY 8'd1;
	inst1_rg_k_out <= `BSV_ASSIGNMENT_DELAY 4'd1;
	inst1_rg_k_var <= `BSV_ASSIGNMENT_DELAY 4'd1;
	inst1_rg_l_out <= `BSV_ASSIGNMENT_DELAY 4'd1;
	inst1_rg_l_var <= `BSV_ASSIGNMENT_DELAY 4'd1;
	inst1_rg_operand_out_0 <= `BSV_ASSIGNMENT_DELAY 16'd0;
	inst1_rg_operand_out_1 <= `BSV_ASSIGNMENT_DELAY 16'd0;
	inst1_rg_operand_out_2 <= `BSV_ASSIGNMENT_DELAY 16'd0;
	inst1_rg_operand_out_3 <= `BSV_ASSIGNMENT_DELAY 16'd0;
	inst1_rg_output_addr <= `BSV_ASSIGNMENT_DELAY 8'd0;
	inst1_rg_req_complete <= `BSV_ASSIGNMENT_DELAY 1'd0;
	inst1_rg_scol_addr <= `BSV_ASSIGNMENT_DELAY 8'd0;
	inst1_rg_srow_addr <= `BSV_ASSIGNMENT_DELAY 8'd0;
	inst1_rg_which_buffer <= `BSV_ASSIGNMENT_DELAY 1'd0;
      end
    else
      begin
        if (inst1_rg_alu_complete$EN)
	  inst1_rg_alu_complete <= `BSV_ASSIGNMENT_DELAY
	      inst1_rg_alu_complete$D_IN;
	if (inst1_rg_alu_packet$EN)
	  inst1_rg_alu_packet <= `BSV_ASSIGNMENT_DELAY
	      inst1_rg_alu_packet$D_IN;
	if (inst1_rg_i_var$EN)
	  inst1_rg_i_var <= `BSV_ASSIGNMENT_DELAY inst1_rg_i_var$D_IN;
	if (inst1_rg_icol_addr$EN)
	  inst1_rg_icol_addr <= `BSV_ASSIGNMENT_DELAY inst1_rg_icol_addr$D_IN;
	if (inst1_rg_irow_addr$EN)
	  inst1_rg_irow_addr <= `BSV_ASSIGNMENT_DELAY inst1_rg_irow_addr$D_IN;
	if (inst1_rg_j_var$EN)
	  inst1_rg_j_var <= `BSV_ASSIGNMENT_DELAY inst1_rg_j_var$D_IN;
	if (inst1_rg_k_out$EN)
	  inst1_rg_k_out <= `BSV_ASSIGNMENT_DELAY inst1_rg_k_out$D_IN;
	if (inst1_rg_k_var$EN)
	  inst1_rg_k_var <= `BSV_ASSIGNMENT_DELAY inst1_rg_k_var$D_IN;
	if (inst1_rg_l_out$EN)
	  inst1_rg_l_out <= `BSV_ASSIGNMENT_DELAY inst1_rg_l_out$D_IN;
	if (inst1_rg_l_var$EN)
	  inst1_rg_l_var <= `BSV_ASSIGNMENT_DELAY inst1_rg_l_var$D_IN;
	if (inst1_rg_operand_out_0$EN)
	  inst1_rg_operand_out_0 <= `BSV_ASSIGNMENT_DELAY
	      inst1_rg_operand_out_0$D_IN;
	if (inst1_rg_operand_out_1$EN)
	  inst1_rg_operand_out_1 <= `BSV_ASSIGNMENT_DELAY
	      inst1_rg_operand_out_1$D_IN;
	if (inst1_rg_operand_out_2$EN)
	  inst1_rg_operand_out_2 <= `BSV_ASSIGNMENT_DELAY
	      inst1_rg_operand_out_2$D_IN;
	if (inst1_rg_operand_out_3$EN)
	  inst1_rg_operand_out_3 <= `BSV_ASSIGNMENT_DELAY
	      inst1_rg_operand_out_3$D_IN;
	if (inst1_rg_output_addr$EN)
	  inst1_rg_output_addr <= `BSV_ASSIGNMENT_DELAY
	      inst1_rg_output_addr$D_IN;
	if (inst1_rg_req_complete$EN)
	  inst1_rg_req_complete <= `BSV_ASSIGNMENT_DELAY
	      inst1_rg_req_complete$D_IN;
	if (inst1_rg_scol_addr$EN)
	  inst1_rg_scol_addr <= `BSV_ASSIGNMENT_DELAY inst1_rg_scol_addr$D_IN;
	if (inst1_rg_srow_addr$EN)
	  inst1_rg_srow_addr <= `BSV_ASSIGNMENT_DELAY inst1_rg_srow_addr$D_IN;
	if (inst1_rg_which_buffer$EN)
	  inst1_rg_which_buffer <= `BSV_ASSIGNMENT_DELAY
	      inst1_rg_which_buffer$D_IN;
      end
  end

  // synopsys translate_off
  `ifdef BSV_NO_INITIAL_BLOCKS
  `else // not BSV_NO_INITIAL_BLOCKS
  initial
  begin
    inst1_rg_alu_complete = 1'h0;
    inst1_rg_alu_packet = 107'h2AAAAAAAAAAAAAAAAAAAAAAAAAA;
    inst1_rg_i_var = 8'hAA;
    inst1_rg_icol_addr = 8'hAA;
    inst1_rg_irow_addr = 8'hAA;
    inst1_rg_j_var = 8'hAA;
    inst1_rg_k_out = 4'hA;
    inst1_rg_k_var = 4'hA;
    inst1_rg_l_out = 4'hA;
    inst1_rg_l_var = 4'hA;
    inst1_rg_operand_out_0 = 16'hAAAA;
    inst1_rg_operand_out_1 = 16'hAAAA;
    inst1_rg_operand_out_2 = 16'hAAAA;
    inst1_rg_operand_out_3 = 16'hAAAA;
    inst1_rg_output_addr = 8'hAA;
    inst1_rg_req_complete = 1'h0;
    inst1_rg_scol_addr = 8'hAA;
    inst1_rg_srow_addr = 8'hAA;
    inst1_rg_which_buffer = 1'h0;
  end
  `endif // BSV_NO_INITIAL_BLOCKS
  // synopsys translate_on
endmodule  // mktalu_Tb